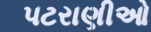
પટરાણીઓ